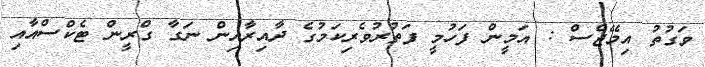
ވަގުތު އިމޭޖްސް : އަމީން ފަހުމީ ފަތުރުވެރިކަމުގެ ދާއިރާއިން ނަގާ ގްރީން ޓެކްސްއާއި